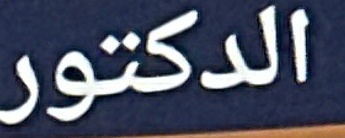
الدكتور